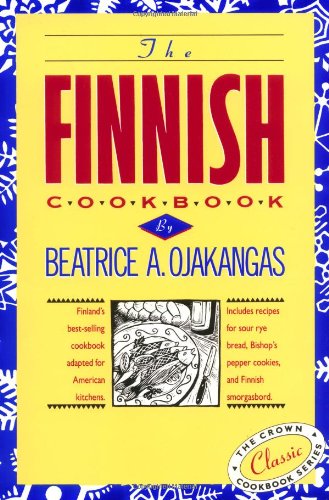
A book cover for Finnish Cookbook (The Crown Cookbook Series); Beatrice Ojakangas; Cookbooks, Food & Wine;